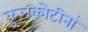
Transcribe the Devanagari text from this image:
कुलकोटीनां